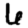
Digit: 6